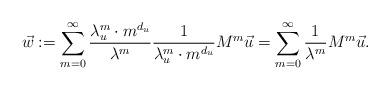
LaTeX: \begin{align*}\vec w :=\sum_{m=0}^{\infty} \frac{\lambda_u^{m} \cdot {m}^{d_u}}{\lambda^{m}} \frac{1}{\lambda_u^{m} \cdot {m}^{d_u}} M^{m} \vec u=\sum_{m=0}^{\infty}\frac{1}{\lambda^m}M^m\vec{u}. \end{align*}